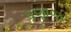
ઘણાજ